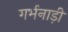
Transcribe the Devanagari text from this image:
गर्भनाड़ी